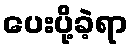
ပေးပို့ခဲ့ရာ